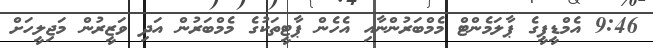
9:46 އެމްޑީޕީގެ ޕާލަމެންޓް މެމްބަރުންނާއި އެހެން ޕާޓީތަކުގެ މެމްބަރުން އަދި ވަޒީރުން މަޖިލީހަށް